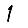
Digit: 1